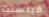
فينسنت